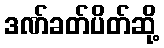
ဒဏ်ခတ်ပိတ်ဆို့